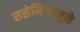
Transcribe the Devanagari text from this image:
ससेमिऱ्यामुळे